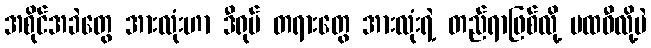
အစိုင်အခဲတွေ အားလုံးဟာ ဒီရုပ် တရားတွေ အားလုံးရဲ့ တည်ရာဖြစ်လို့ ပထဝီလို့ပဲ